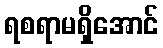
ရစရာမရှိအောင်